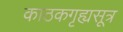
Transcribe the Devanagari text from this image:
काठकगृह्यसूत्र